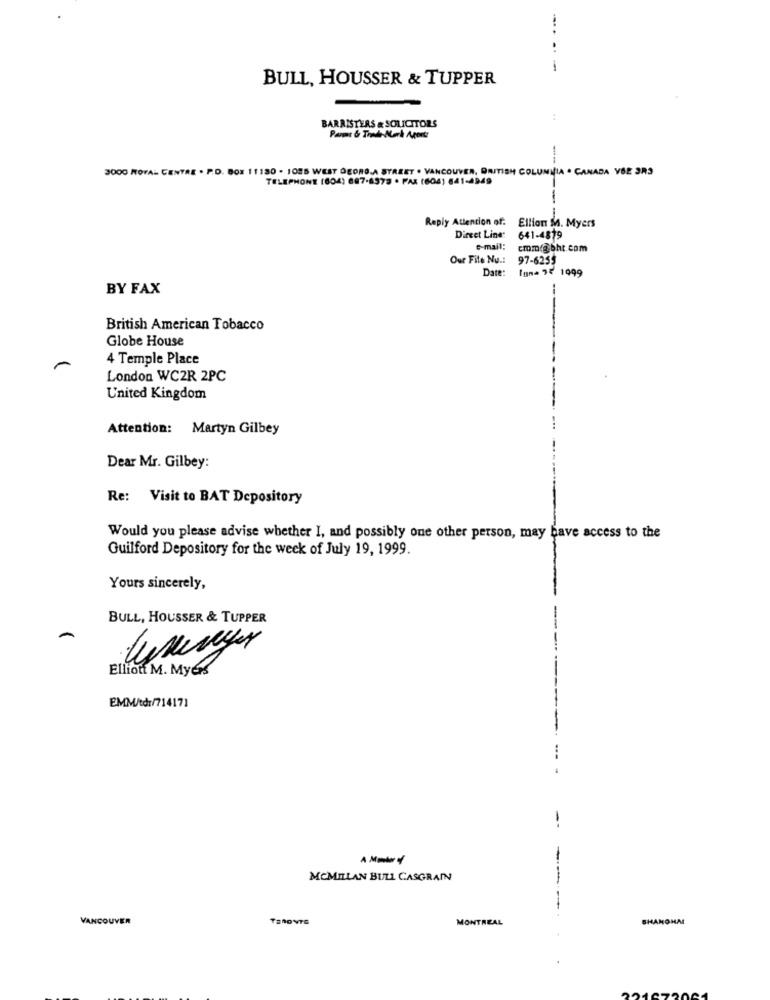
..
BULL, HOUSSER & TUPPER
BARRISTERS & SOLICITORS
Pant & Trade-Werk Arort:
3000 ROVA: CENTRE . P.D. 80X 11130 . 1085 WEST DEORDA STREET . VANCOUVER, BRITISH COLUMBIA . CANADA VBE 3RD
TELEPHONE (804) 687-8573 · FAX (604) 641-4949
--
Reply Attention of: Ellion M. Myers
Direct Line: 641-4819
e-mail: cmm(@bht.com
Our Fite Nu .: 97-6255
Date: [um= 75 1999
BY FAX
-
British American Tobacco
Globe House
4 Temple Place
-
London WC2R 2PC
United Kingdom
Attention: Martyn Gilbey
Dear Mr. Gilbey:
Re: Visit to BAT Depository
Would you please advise whether I, and possibly one other person, may have access to the
Guilford Depository for the week of July 19, 1999.
Yours sincerely,
BULL, HOUSSER & TUPPER
Elliott M. Myes
EMM/td:/714171
-
MCMILLAN BULL CASGRANN
--
VANCOUVER
TERONTG
MONTREAL
BHANOHM